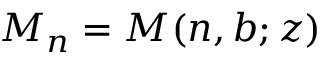
M _ { n } = M ( n , b ; z )